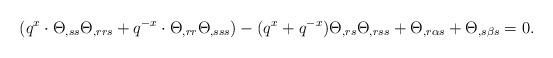
LaTeX: \begin{align*}(q^x \cdot \Theta_{,ss}\Theta_{,rrs} + q^{-x} \cdot \Theta_{,rr}\Theta_{,sss}) - (q^x + q^{-x} ) \Theta_{,rs} \Theta_{,rss} + \Theta_{,r \alpha s} + \Theta_{,s \beta s} = 0.\end{align*}